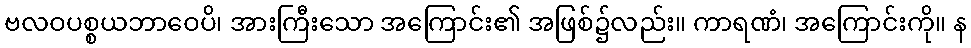
ဗလဝပစ္စယဘာဝေပိ၊ အားကြီးသော အကြောင်း၏ အဖြစ်၌လည်း။ ကာရဏံ၊ အကြောင်းကို။ န